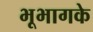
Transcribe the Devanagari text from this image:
भूभागके